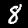
Label: 8